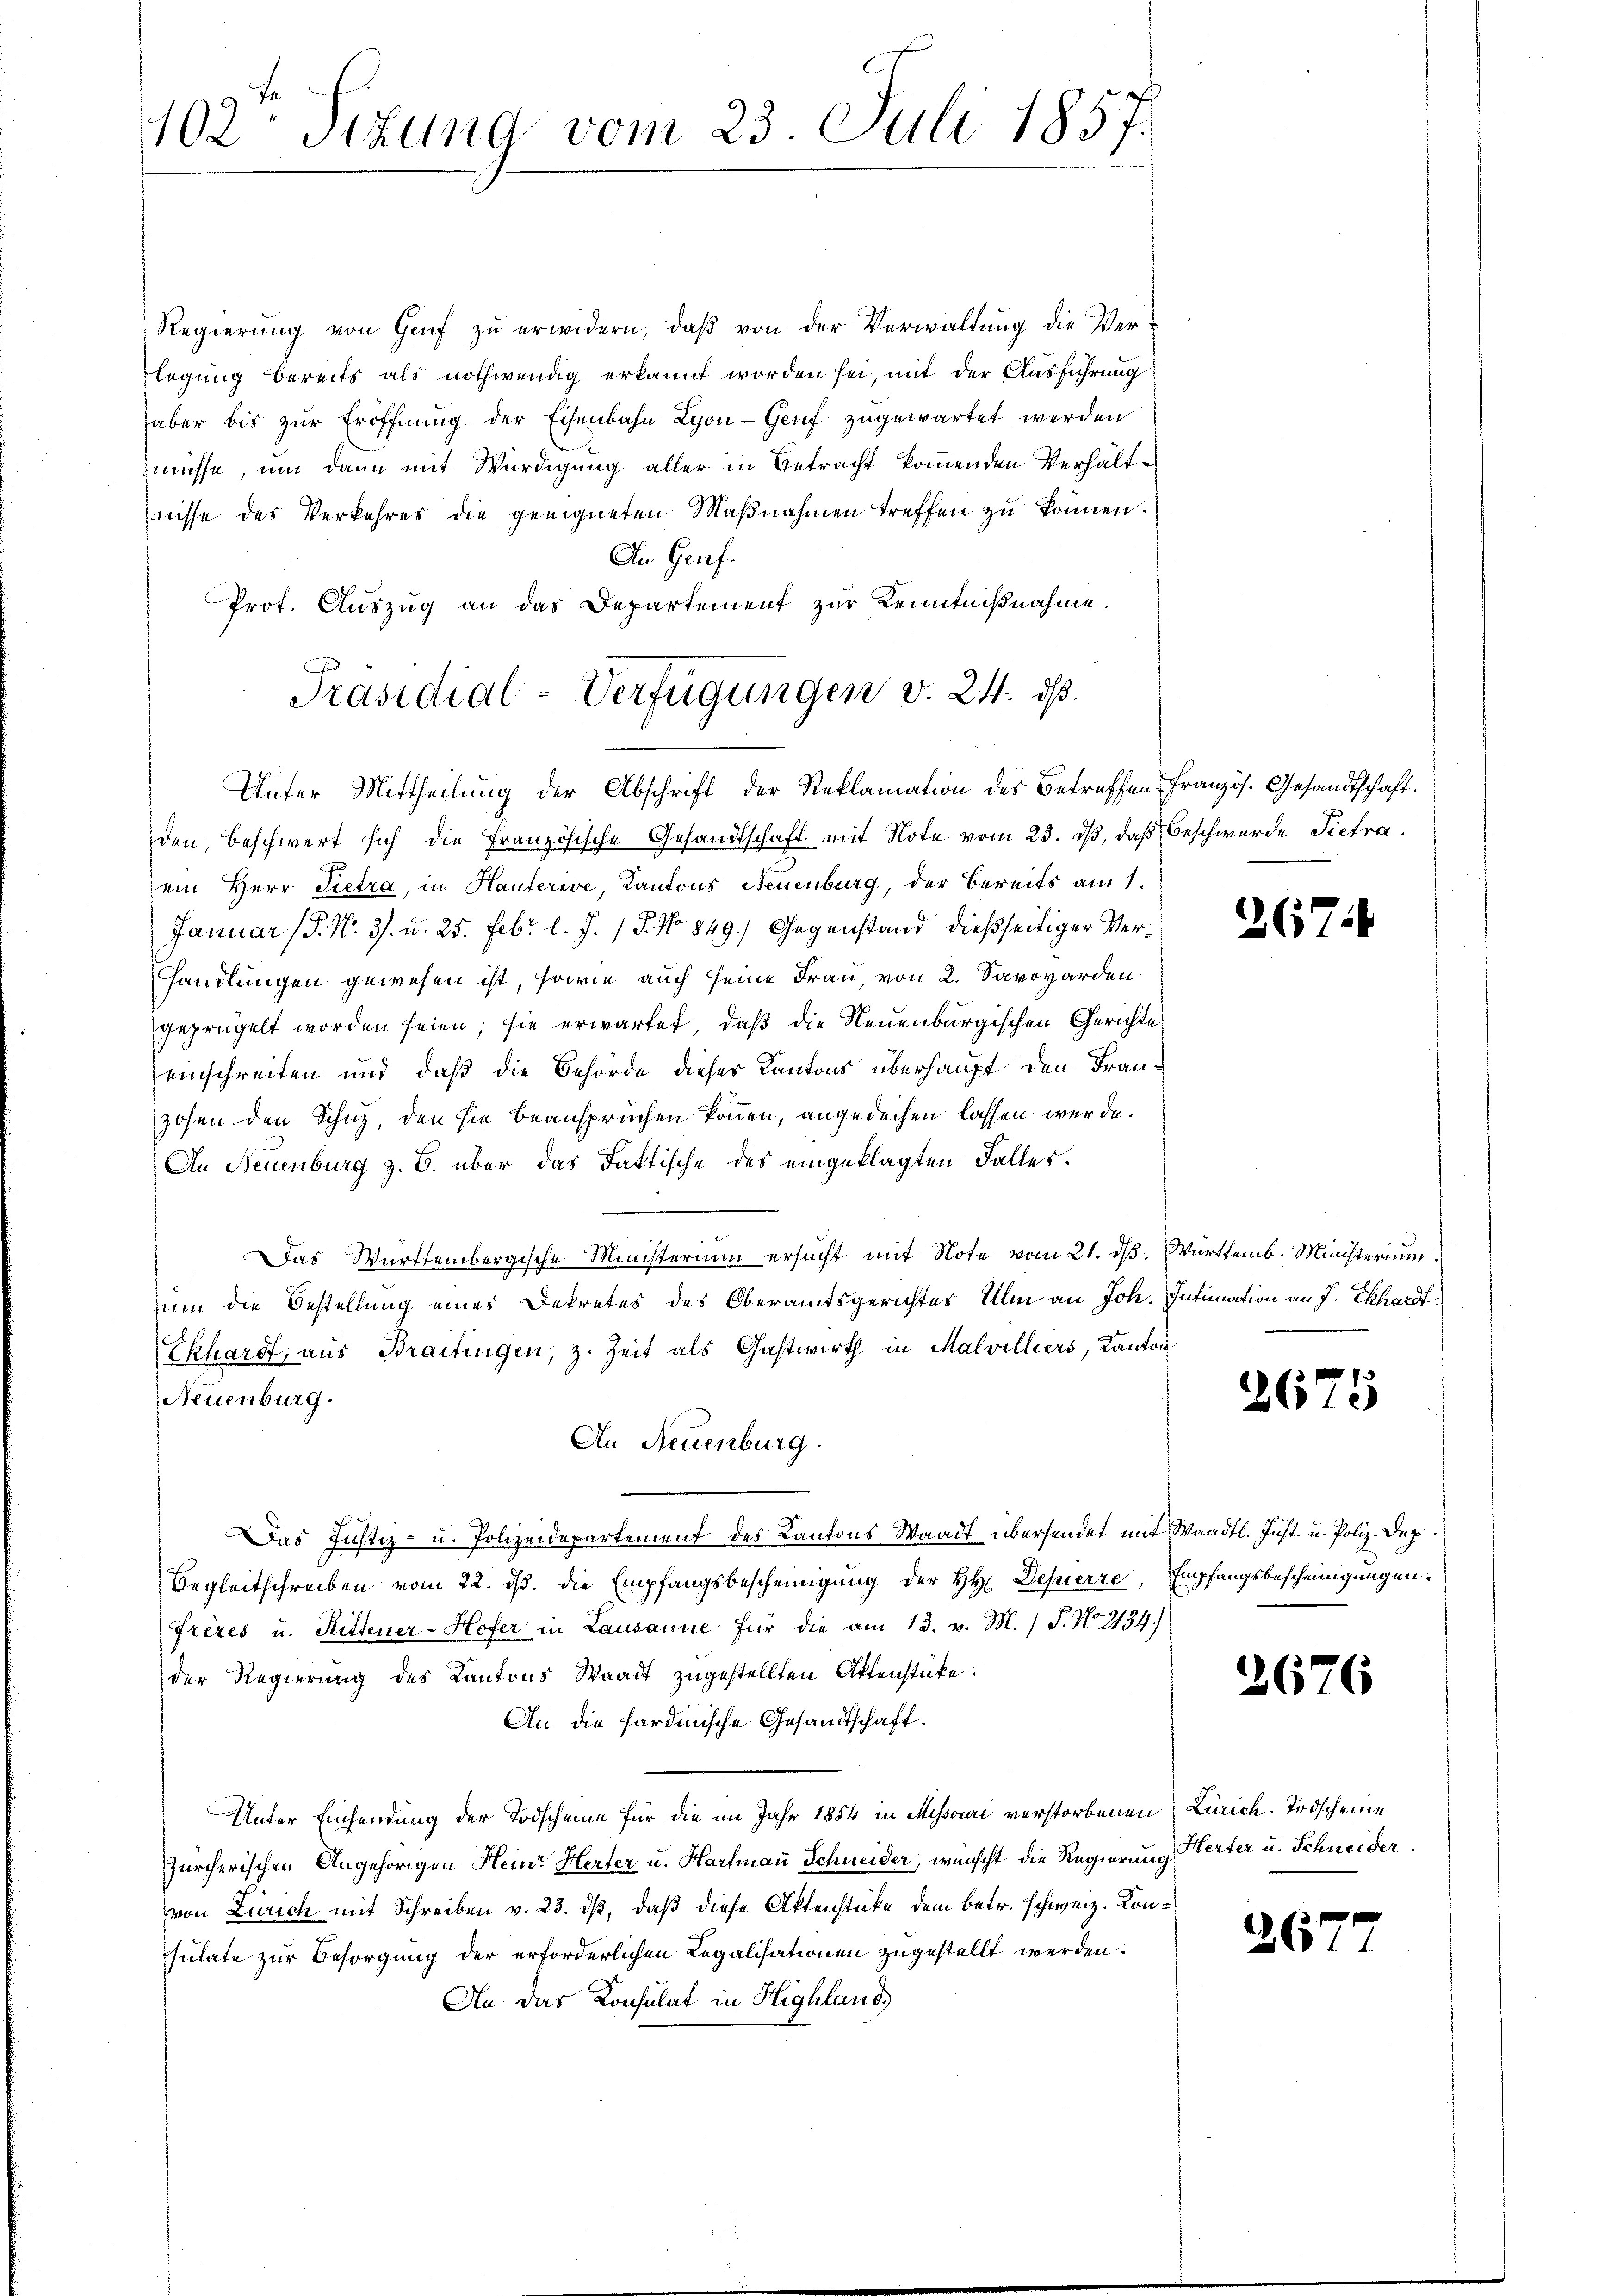
402 Stzung vom 23. Juli 1857.

Regierŭng von Genf zŭ erwidern, daβ von der Verwaltung die Verlegung bereits als nothwendig erkannt worden sei, mit der Ausführung
aber bis zur Eröffnung der Eisenbahn Lyon - Genf zugewartet werden
müsse, um dann mit Würdigung aller in Betracht kommenden Verhältnisse des Verkehres die geeigneten Maßnahmen treffen zu können.
An Genf.
Prot. Auszug an das Departement zur Kenntnißnahme.
Unter Mittheilung der Abschrift der Reklamation des Betreffen Französ. Gesandtschaft.
den, beschwert sich die Französische Gesandtschaft mit Note vom 23. ds, daß Beschwerde Pietra
ein Herr Pietra, in Hauterive, Kantons Neuenburg, der Bereits am 1.
Januar (§. N. 3. u. 25. Febr. l. J. 18. No 849.) Gegenstand dießseitiger Verhandlungen gewesen ist, sowie auch seine Frau, von 2. Savovarden
geprügelt worden seien; sie erwartet, daß die Neuenburgischen Gerichte
einschreiten und daß die Behörde dieses Kantons überhaupt den Franzosen den Schuz, den sie beansprüchen können, angedeihen lassen werde.
An Neuenburg z. B. über das Faktische des eingeklagten Falles.
Das Württembergische Ministerium ersucht mit Note vom 21. dß. Württemb. Ministerium
um die Bestellung eines Dekretes des Oberamtsgerichtes Ulm an Joh. Intimation an J. Ekhardt
Ekhardt, aus Braitingen, z. Zeit als Gastwirth in Malvilliers, Kanton
Neuenburg.
An Neuenburg.
Das Justiz- u. Polizeidepartement des Kantons Waadt übersendet mit Waadt. Just. u. Poliz. Dep
Begleitschreiben vom 22. ds. die Empfangsbescheinigung der HH Depierre, Empfangsbescheinigungen.
frères u. Rittener-Hofer in Lausanne für die am 13. v. M.) J. No. 2134)
der Regierung des Kantons Waadt zugestellten Aktenstücke.
An die sardinische Gesandtschaft.
Unter Einsendung der Todscheine für die im Jahr 1854 in Missouri verstorbenen Zürich. Todscheine
Zürcherischen Angehörigen Heinr. Herter u. Hartmann Schneider, wünscht die Regierung Herter u. Schneider.
von Zürich mit Schreiben v. 23. dβ, daß diese Aktenstücke dem betr. schweiz. Konsulate zur Besorgung der erforderlichen Regalisationen zugestellt werden.
An das Konsulat in Highland

Präsidial-Verfügungen v. 24. ds.

26

26

26

263

5

6